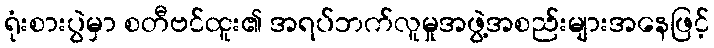
ရုံးစားပွဲမှာ စတီဗင်ထူး၏ အရပ်ဘက်လူမှုအဖွဲ့အစည်းများအနေဖြင့်